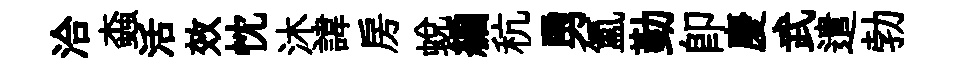
洽螙活效忱沐諱房蜕編秔勇氲勤卽慶武遣勃